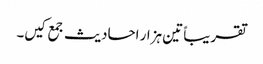
تقریباً تین ہزار احادیث جمع کیں۔